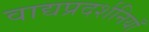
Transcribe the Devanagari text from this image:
वाद्यप्रदर्शनियाँ